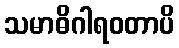
သမာဓိဂါရဝတာပိ